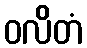
ဝလိတံ